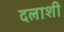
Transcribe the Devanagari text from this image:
दलाशी